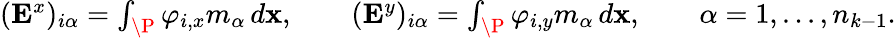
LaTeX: \begin{array}{r}{(\mathbf{E}^{x})_{i\alpha}=\int_{\P}\varphi_{i,x}m_{\alpha}\, d\mathbf{x},\quad\quad(\mathbf{E}^{y})_{i\alpha}=\int_{\P}\varphi_{i,y}m_{\alpha}\, d\mathbf{x},\quad\quad\alpha=1,...,n_{k-1}.}\end{array}